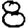
Digit: 8